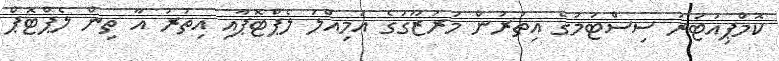
ކޮމްޕިއުޓަރު ސިސްޓަމުގެ އިތުރުން މަރުޒޫގުގެ އަމިއްލަ ލެޕްޓޮޕާއި އިތުރު އާ ތިން ލެޕްޓޮޕް